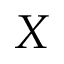
X